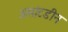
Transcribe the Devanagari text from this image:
अमांटडीन